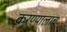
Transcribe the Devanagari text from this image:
करण्यालाच